Vaccination in Burma 1920-1933 - 1920-1933
Year: 1920
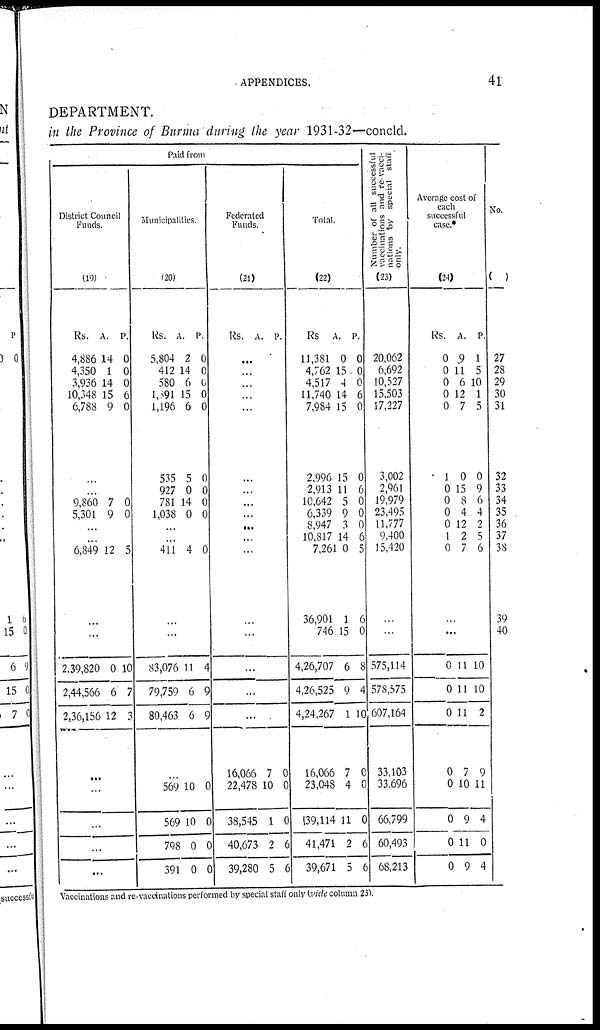
APPENDICES.
41
DEPARTMENT.
in the Province of Burma during the year 1931-32—concld.
Paid from
District Council
Funds.
(19)
Rs.
4,886
4,350
3,936
10,348
6,788
A.
14
1
14
15
9
P.
0
0
0
6
0
...
...
9,860
5,301
7
9
0
0
...
...
6,849 12 5
...
...
2,39,820
2,44,566
2,36,156
0
6
12
10
7
3
...
...
...
...
...
Municipalities.
(20)
Rs.
5,804
412
580
1,591
1,196
535
927
781
1,038
A.
2
14
6
15
6
5
0
14
0
P.
0
0
0
0
0
0
0
0
0
...
...
411 4 0
...
...
83,076
79,759
80,463
11
6
6
4
9
9
...
569
569
798
391
10
10
0
0
0
0
0
0
Federated
Funds.
(21)
Rs. A. P.
...
...
...
...
...
...
...
...
...
...
...
...
...
...
...
...
...
16,066
22,478
38,545
40,673
39,280
7
10
1
2
5
0
0
0
6
6
Total.
(22)
Rs
11,381
4,762
4,517
11,740
7,984
2,996
2,913
10,642
6,339
8,947
10,817
7,261
36,901
746
4,26,707
4,26,525
4,24,267
16,066
23,048
39,114
41,471
39,671
A.
0
15
4
14
15
15
11
5
9
3
14
0
1
15
6
9
1
7
4
11
2
5
P.
0
0
0
6
0
0
6
0
0
0
6
5
6
0
8
4
10
0
0
0
6
6
Number of all successful
vaccinations and re-vacci-
nations by special staff
only.
(23)
20,062
6,692
10,527
15,503
17,227
3,002
2,961
19,979
23,495
11,777
9,400
15,420
...
...
575,114
578,575
607,164
33,103
33,696
66,799
60,493
68,213
Average cost of
each
successful
case.*
(24)
Rs.
0
0
0
0
0
1
0
0
0
0
1
0
A.
9
11
6
12
7
0
15
8
4
12
2
7
P.
1
5
10
1
5
0
9
6
4
2
5
6
...
...
0
0
0
0
0
0
0
0
11
11
11
7
10
9
11
9
10
10
2
9
11
4
0
4
No.
(1)
27
28
29
30
31
32
33
34
35
36
37
38
39
40
Vaccinations and re-vaccinations performed by special staff only (vide column 23).